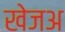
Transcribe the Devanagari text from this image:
खेजअ